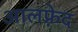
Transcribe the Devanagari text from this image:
आलफ़्रेद